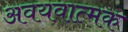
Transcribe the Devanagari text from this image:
अवयवात्मक